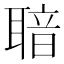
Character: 𦖢